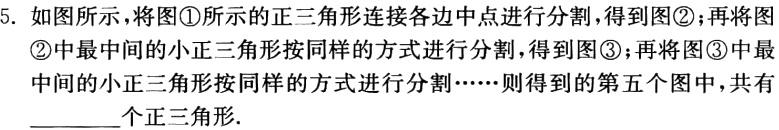
5. 如图所示，将图\textcircled{1}所示的正三角形连接各边中点进行分割，得到图\textcircled{2}；再将图\textcircled{2}中最中间的小正三角形按同样的方式进行分割，得到图\textcircled{3}；再将图\textcircled{3}中最中间的小正三角形按同样的方式进行分割……则得到的第五个图中，共有________个正三角形.